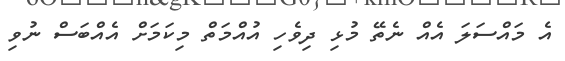
އެ މައްސަލަ އެއް ނެތޭ މުޅި ދިވެހި އުއްމަތް މިކަަމަށް އެއްބަސް ނުވި